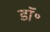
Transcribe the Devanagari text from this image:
डाॅ॰